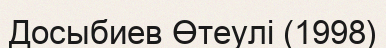
Досыбиев Өтеулі (1998)